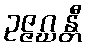
ဥဇ္ဇဂ္ဃန္တီ